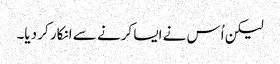
لیکن اُس نے ایسا کرنے سے انکار کر دیا۔